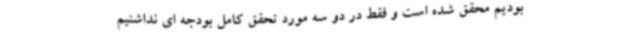
بودیم محقق شده است و فقط در دو سه مورد تحقق کامل بودجه ای نداشتیم